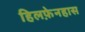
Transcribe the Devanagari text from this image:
हिलफ़ेनहास